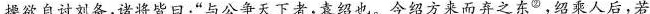
操欲自讨刘备，诸将皆日：“与公争天下者，袁绍也。今绍方来而弃之东^{②}，绍乘人后，若